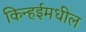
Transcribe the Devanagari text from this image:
किन्हईमधील